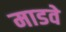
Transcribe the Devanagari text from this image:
माडवे